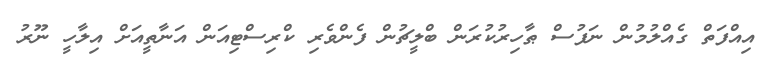
އިއްފަތް ގެއްލުމުން ނަފުސް ޠާހިރުކުރަން ބްލީޗުން ފެންވެރި ކްރިސްޓިއަން އަނާތީއަށް އިލާހީ ނޫރު